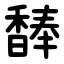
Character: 䭰